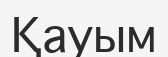
Қауым